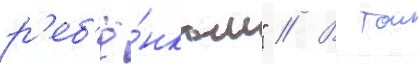
р'еб'ё́нком" // В тои